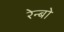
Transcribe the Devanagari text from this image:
रेन्‍बो